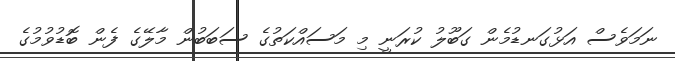
ނަމަވެސް އަޅުގަނޑުމެން ގަބޫލު ކުރަނީ މި މަސައްކަތުގެ ސަބަބުން މާލޭގެ ފެން ބޮޑުވުމުގެ